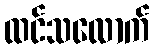
ထင်သလောက်